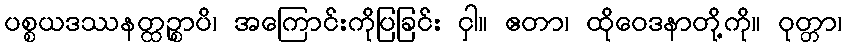
ပစ္စယဒဿနတ္ထဉ္စာပိ၊ အကြောင်းကိုပြခြင်း ငှါ။ ဧတာ၊ ထိုဝေဒနာတို့ကို။ ဝုတ္တာ၊